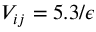
V _ { i j } = 5 . 3 / \epsilon